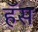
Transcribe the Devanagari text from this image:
हॅस